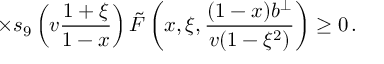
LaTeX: \times s _ { 9 } \left( v \frac { 1 + \xi } { 1 - x } \right) \tilde { F } \left( x , \xi , \frac { ( 1 - x ) b ^ { \perp } } { v ( 1 - \xi ^ { 2 } ) } \right) \geq 0 \, .